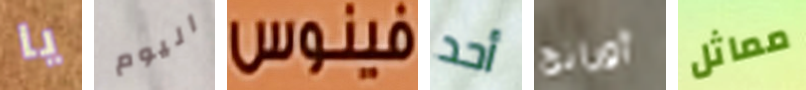
يا اليوم فينوس أحد أورانج مماثل